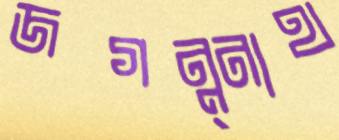
জগন্ন্নাথ